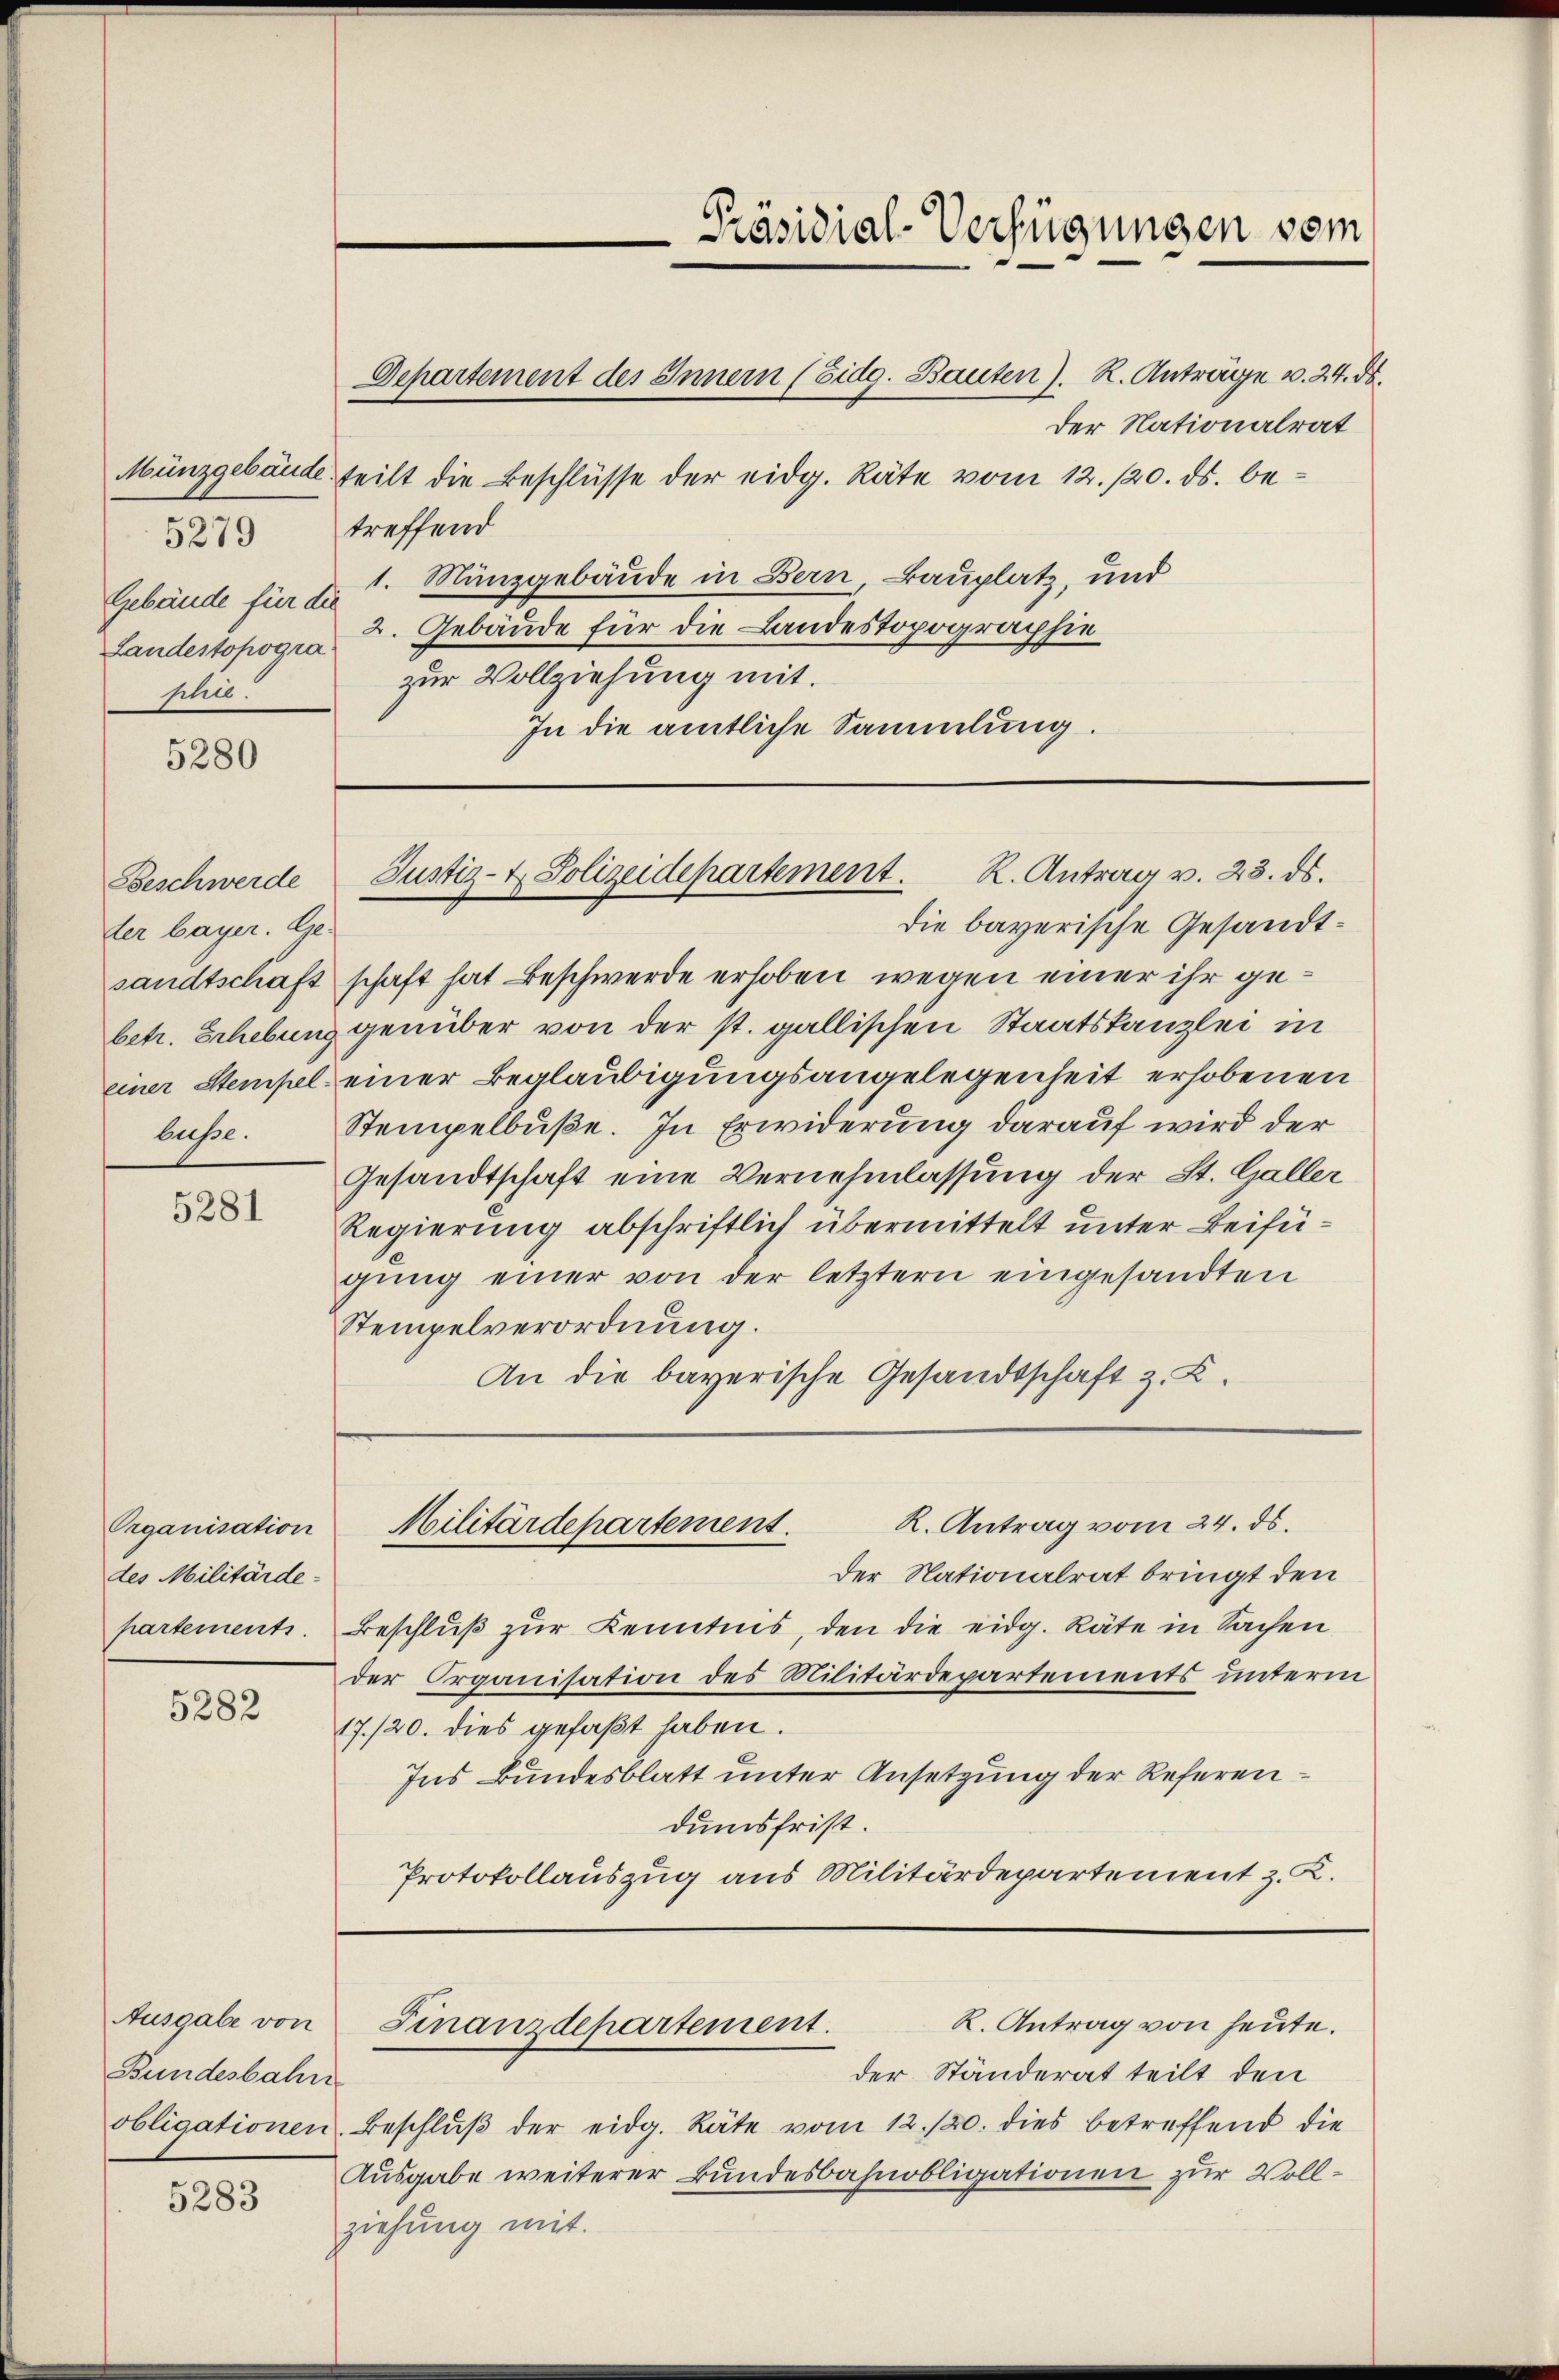
5279
Gebäude für die
Landestopogra
hie.

5280

Beschwerde
der bayer. Ge-
lusse.

5281

Organisation
des Militärde-
partements.

5282

Ausgabe von
Bundesbahn

5283

Departement des Innern (Eidg. Bauten). R. Anträge v. 24. ds.
der Nationalrat
Münzgebäude teilt die Beschlüsse der eidg. Räte vom 12. 120. ds. betreffend
1. Münzgebäude in Bern, Bauplatz, und
2. Gebäude für die Landestopographie
zur Vollziehung mit.
In die amtliche Sammlung.

die bayerische Gesandtsandtschaft schaft hat Beschwerde erhoben, wegen einer ihr gebetr. Erhebung genüber von der st. gallischen Staatskanzlei in
einer Stempel einer Beglaubigungsangelegenheit erhobenen
Stempelbuße. In Erwiderung darauf wird der
Gesandtschaft eine Vernehmlassung der St. Galler
Regierung abschriftlich übermittelt unter Beifügung einer von der letztern eingesandten
Stempelverordnung.
An die bayerische Gesandtschaft z. Z.

Justiz- & Polizeidepartement. K. Antrag v. 23. ds.

Militärdepartement.

Präsidial-Verfügungen vom

der Ständerat teilt den
obligationen Beschlŭβ der eidg. Räte vom 12./20. dies betreffend die
Ausgabe weiterer Bundesbahnobligationen zur Vollziehung mit.

R. Antrag vom 24. ds.
Der Nationalrat bringt den
Beschluß zur Kenntnis, den die eidg. Räte in Sachen
der Organisation des Militärdepartements unterm
17./20. dies gefaßt haben.
Ins Bundesblatt unter Ansetzung der Referendumsfrist.
Protokollauszug aus Militärdepartement z. K.

R. Antrag von heute.
Finanzdepartement.